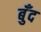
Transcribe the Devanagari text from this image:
बुँद